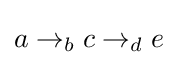
a\rightarrow _{b}c\rightarrow _{d}e